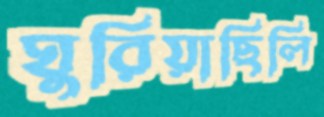
ঘুরিয়াছিলি